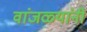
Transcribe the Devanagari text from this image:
वांजळ्यांनी